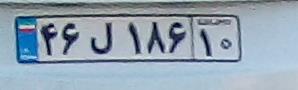
۴۶ل۱۸۶۱۰